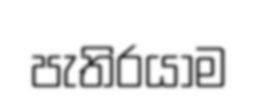
පැතිරයාම